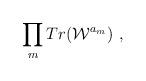
LaTeX: \begin{align*} \prod_m Tr({\cal W}^{a_m}) \ ,\end{align*}